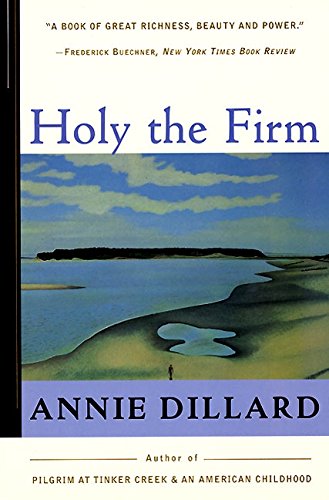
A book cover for Holy the Firm; Annie Dillard; Science & Math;